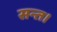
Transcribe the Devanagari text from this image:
सन्त।